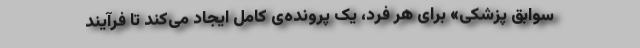
سوابق پزشکی» برای هر فرد، یک پرونده‌ی کامل ایجاد می‌کند تا فرآیند